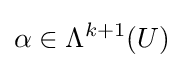
\alpha \in \Lambda ^{k+1}(U)